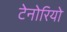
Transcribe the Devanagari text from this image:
टेनोरियो